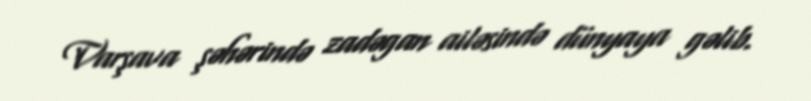
Varşava şəhərində zadəgan ailəsində dünyaya gəlib.